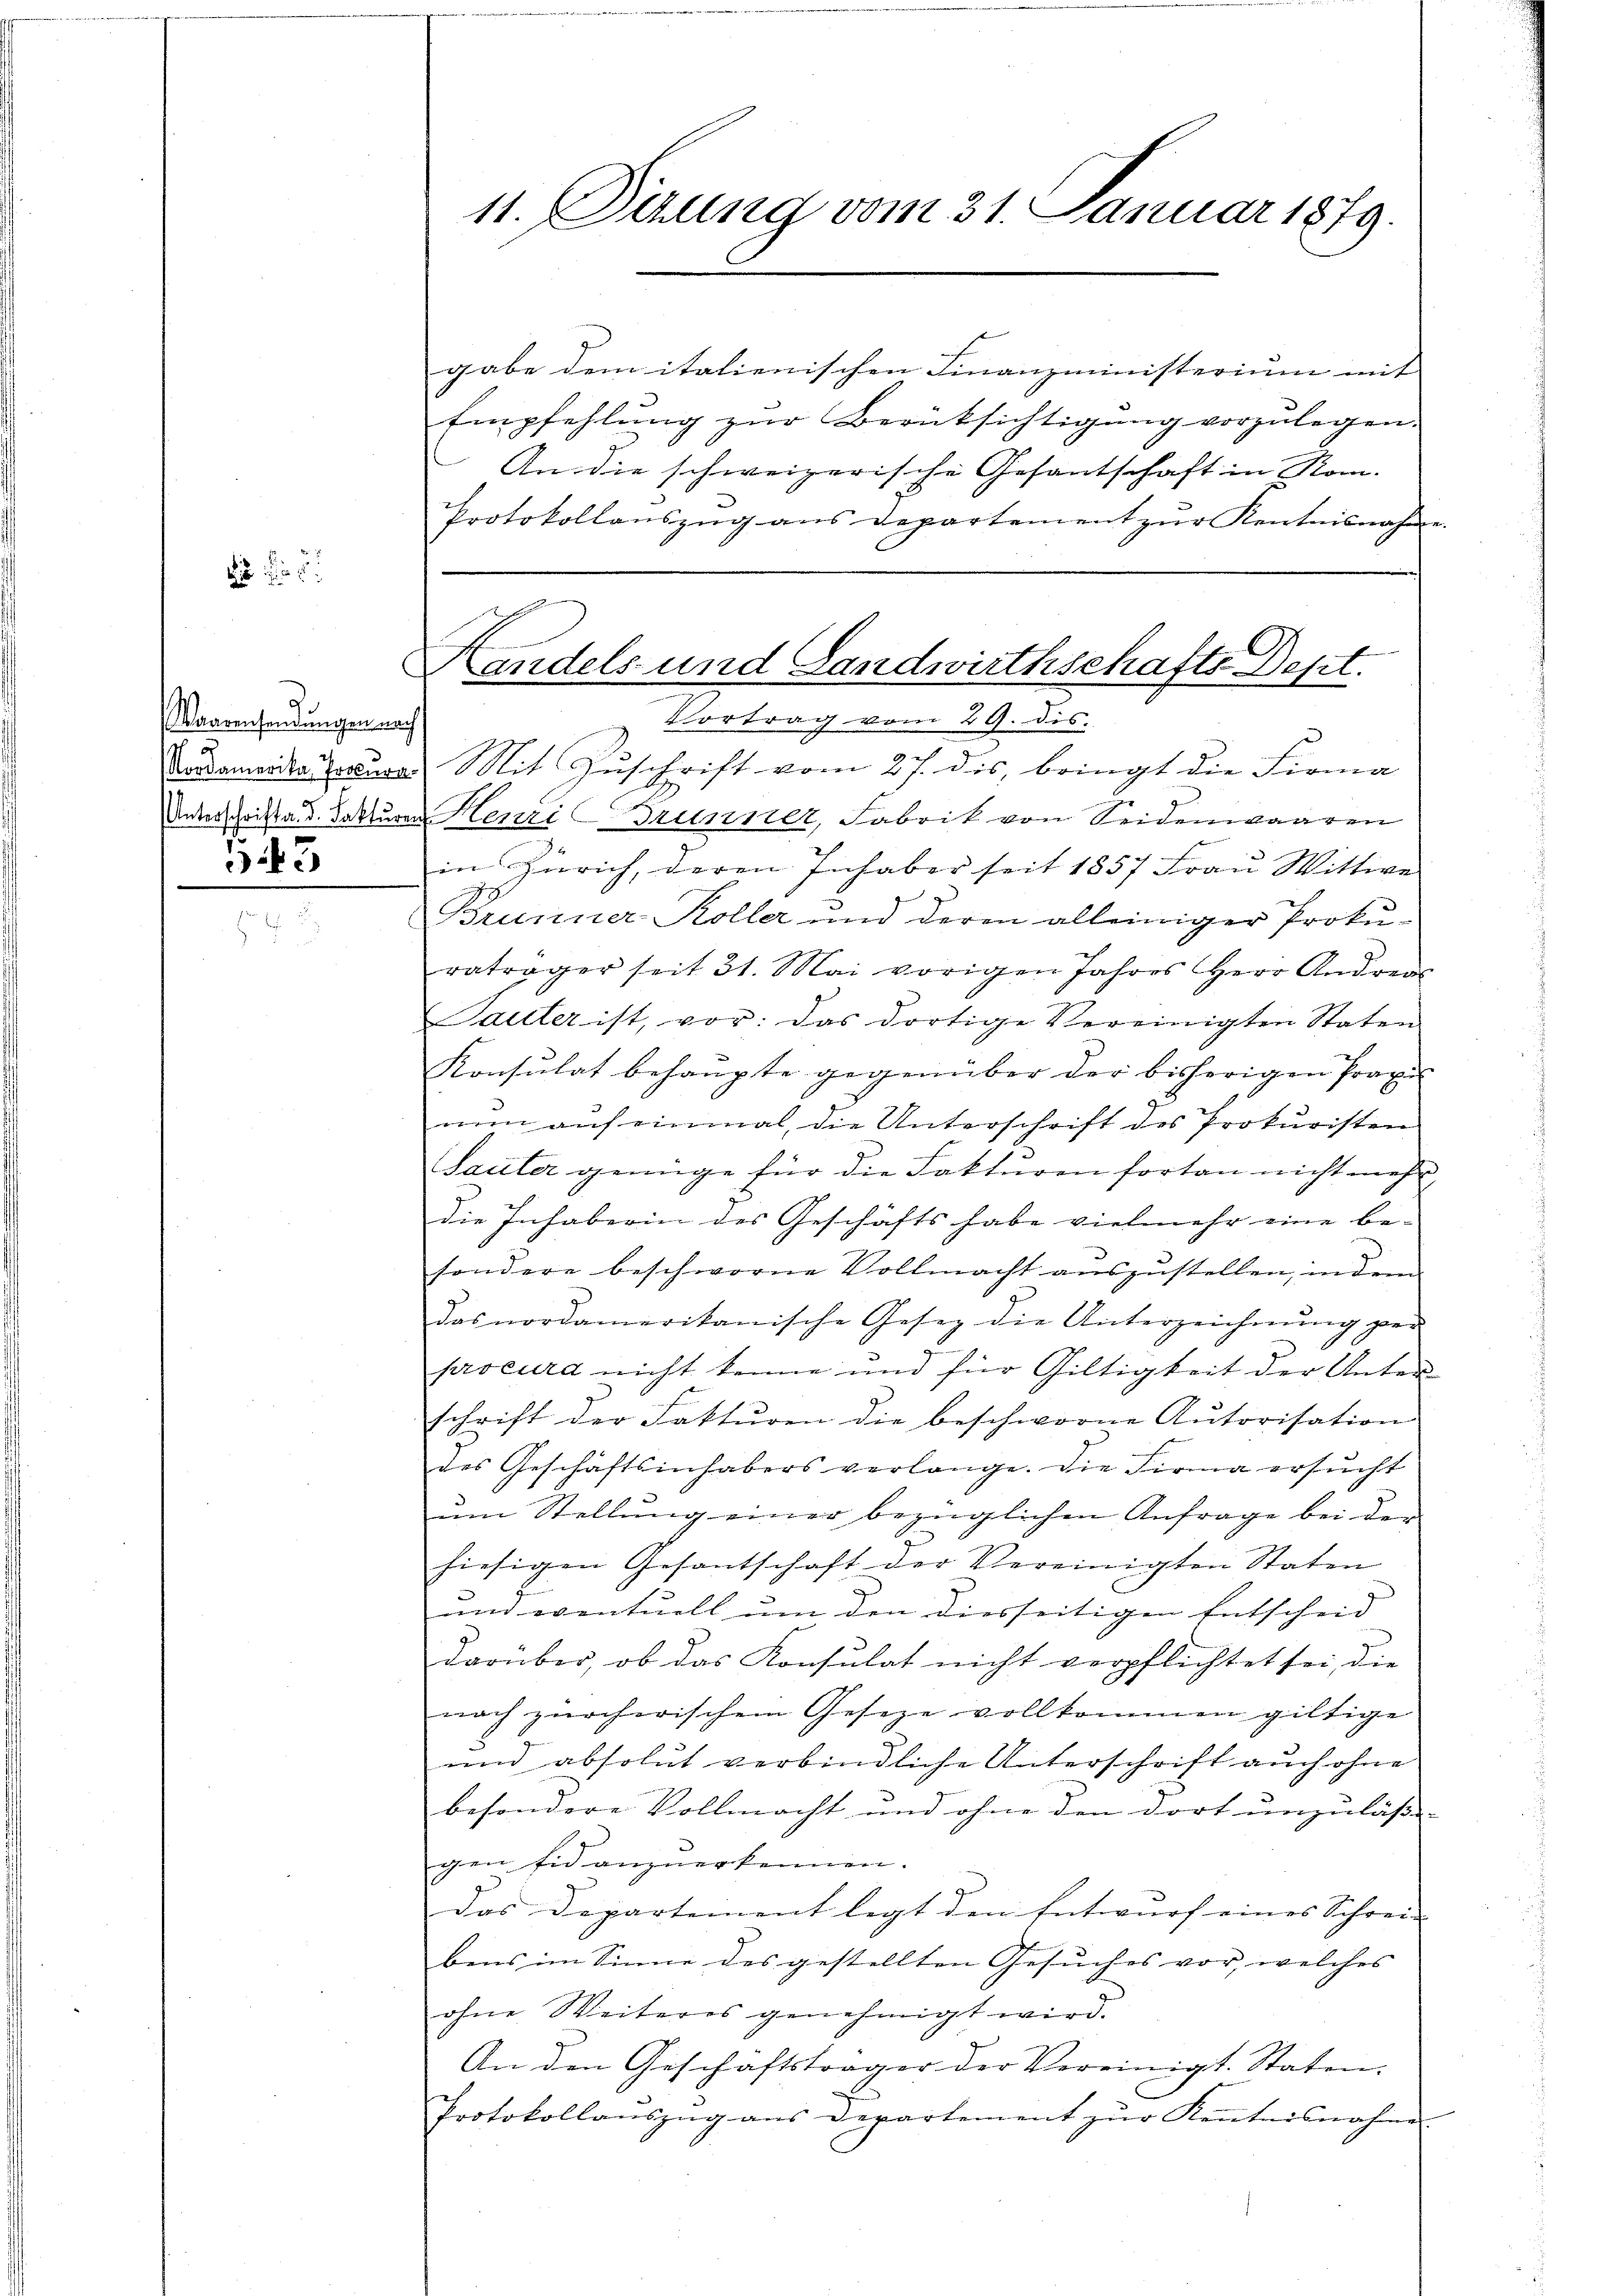
Waarensendungen nach
543

gabe dem italienischen Finanzministerium mit
Empfehlung zur Berüksichtigung vorzulegen.
An die schweizerische Gesantschaft in Rom.
Protokollanszug aus Departement zŭr Kentnisnahme.

11. Sezung vom 31. Januar 1879.

Handels- und Landwirthschafts-Dept.
Vortrag vom 29. dis.

Aadamente Concura) Mit Zuschrift vom 27. dis, bringt die Firma
Unterschrift. d. Fakturen Henri Brunner, Fabrik von Seidenwaaren
in Zürich, deren Inhaber seit 1857 Frau Wittwe
Brunner Koller und deren alleiniger Prokuratrager seit 31. Mai vorigen Jahres Herr Andrec
Sauter ist, vor: das dortige Vereinigten Staten
Konsulat behaupte gegenüber der bisherigen Praxi
nun auf einmal, die Unterschrift des Prokuristen
Sauter genüge für die Fakturen fortan nicht mehr
die Inhaberin des Geschäfts habe vielmehr eine be-
sondere beschworne Vollmacht auszustellen, in dem
das nordamerikanische Gesez die Unterzeichnŭng per
procura nicht kenne und für Giltigkeit der Unter-
schrift der Fakturen die beschworne Autorisation
des Geschäftsinhabers verlange. Die Firma ersŭcht
um Stellung einer bezüglichen Anfrage bei der
hiesigen Gesantschaft der Vereinigten Staten
und eventuell um den diesseitigen Entscheid
darüber, ob das Konsulat nicht verpflichtet sei, die
nach zürcherischem Geseze vollkommen giltige
und absolut verbindliche Unterschrift auch ohne
besondere Vollmacht und ohne den dort unzuläße-
gen Eid anzuerkennen.
das Departement legt den Entwurf eines Schrei- |
bens im Sinne des gestellten Gesuches vor, welches
ohne Weiteres genehmigt wird.
An den Geschäftsträger der Vereinigt. Staten.
Protokollaŭszŭg ans Departement zŭr Kenntnisnahm